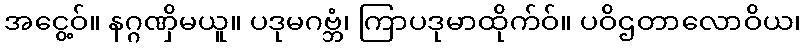
အငွေ့ဝ်။ နဂ္ဂဏှိမယူ။ ပဒုမဂဗ္ဘံ၊ ကြာပဒုမာထိုက်ဝ်။ ပဝိဌတာလောဝိယ၊